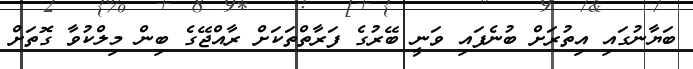
ބަޔާނުގައި އިތުރަށް ބުނެފައި ވަނީ ބޭރުގެ ފަރާތްތަކަށް ރާއްޖޭގެ ބިން މިލްކުވާ ގޮތަށް